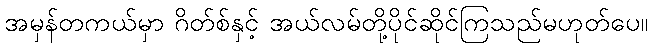
အမှန်တကယ်မှာ ဂိတ်စ်နှင့် အယ်လမ်တို့ပိုင်ဆိုင်ကြသည်မဟုတ်ပေ။